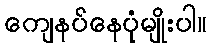
ကျေနပ်နေပုံမျိုးပါ။